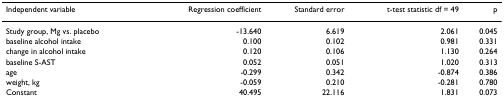
| Independent variable | Regression coefficient | Standard error | t-test statistic df = 49 | p |
 | --- | --- | --- | --- | --- |
 | Study group, Mg vs. placebo | -13.640 | 6.619 | 2.061 | 0.045 |
 | baseline alcohol intake | 0.100 | 0.102 | 0.981 | 0.331 |
 | change in alcohol intake | 0.120 | 0.106 | 1.130 | 0.264 |
 | baseline S-AST | 0.052 | 0.051 | 1.020 | 0.313 |
 | age | -0.299 | 0.342 | -0.874 | 0.386 |
 | weight, kg | -0.059 | 0.210 | -0.281 | 0.780 |
 | Constant | 40.495 | 22.116 | 1.831 | 0.073 |